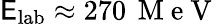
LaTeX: \mathsf{E}_{\mathrm{{lab}}}\approx270\, \mathrm{{~M~e~V~}}